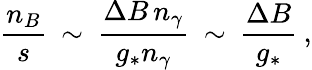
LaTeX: \frac{n_{B}}{s}\: \sim\: \frac{\Delta B\, n_{\gamma}}{g_{*}n_{\gamma}}\: \sim\: \frac{\Delta B}{g_{*}}\: ,